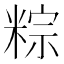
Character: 粽